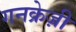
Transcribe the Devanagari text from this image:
गनक्रेज़ी